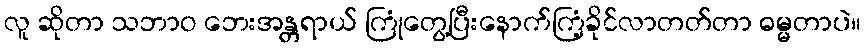
လူ ဆိုတာ သဘာဝ ဘေးအန္တရာယ် ကြုံတွေ့ပြီးနောက်ကြံ့ခိုင်လာတတ်တာ ဓမ္မတာပဲ။